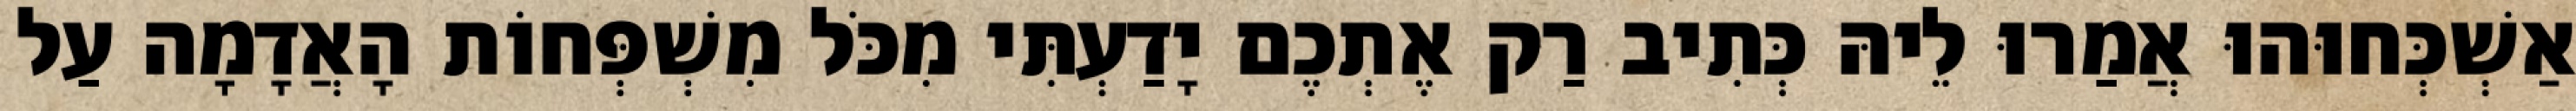
אַשְׁכְּחוּהוּ אֲמַרוּ לֵיהּ כְּתִיב רַק אֶתְכֶם יָדַעְתִּי מִכֹּל מִשְׁפְּחוֹת הָאֲדָמָה עַל